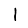
Digit: 1